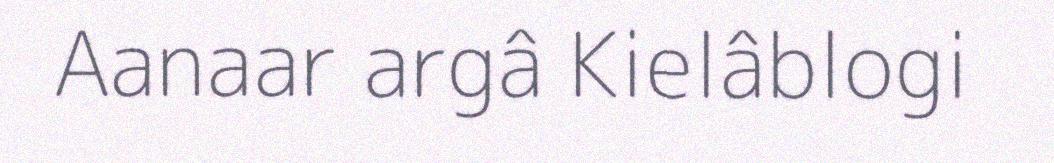
Aanaar argâ Kielâblogi